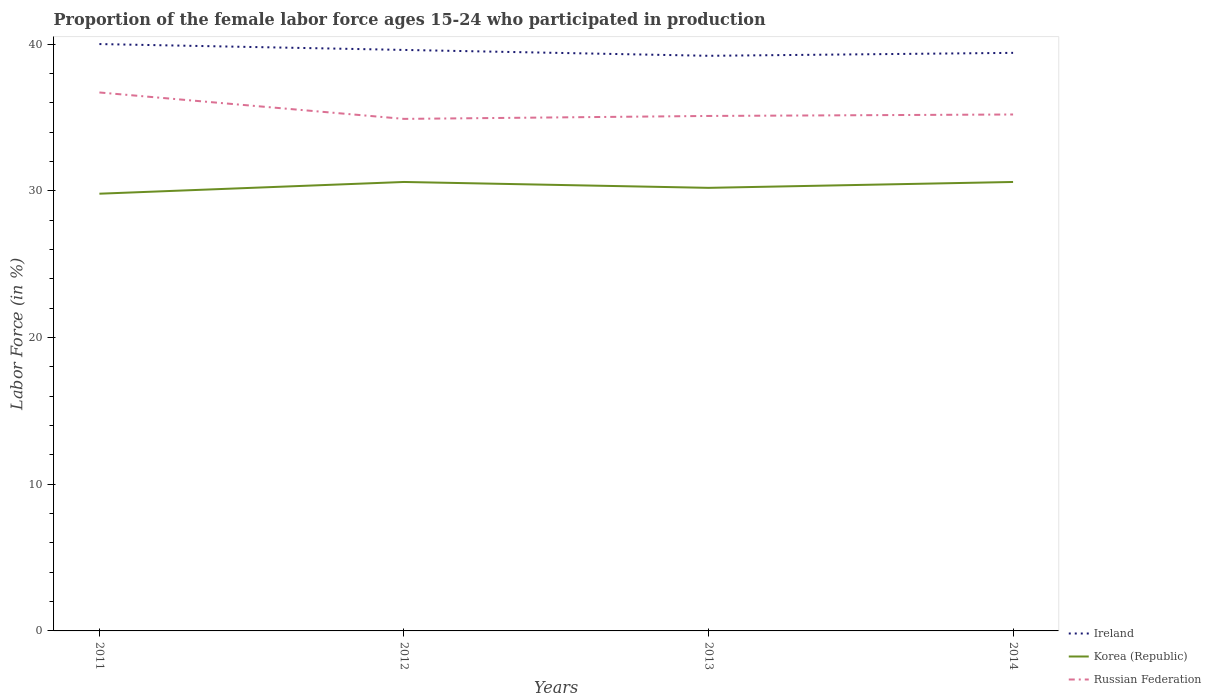
| Years | Ireland | Korea (Republic) | Russian Federation |
 | --- | --- | --- | --- |
 | 2011 | 40 | 29.8 | 36.7 |
 | 2012 | 39.6 | 30.6 | 34.9 |
 | 2013 | 39.2 | 30.2 | 35.1 |
 | 2014 | 39.4 | 30.6 | 35.2 |